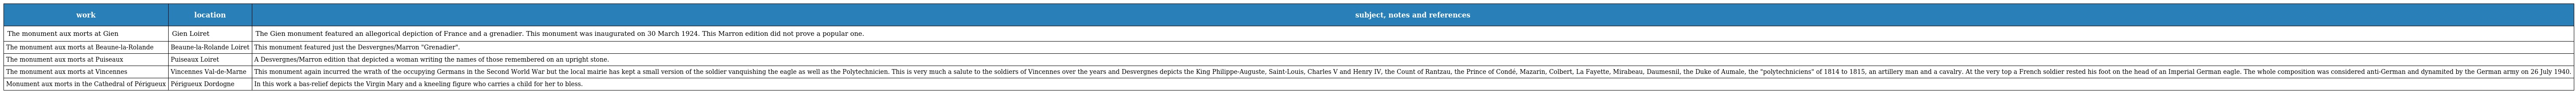
| work | location | subject, notes and references |
 | --- | --- | --- |
 | The monument aux morts at Gien | Gien Loiret | The Gien monument featured an allegorical depiction of France and a grenadier. This monument was inaugurated on 30 March 1924. This Marron edition did not prove a popular one. |
 | The monument aux morts at Beaune-la-Rolande | Beaune-la-Rolande Loiret | This monument featured just the Desvergnes/Marron "Grenadier". |
 | The monument aux morts at Puiseaux | Puiseaux Loiret | A Desvergnes/Marron edition that depicted a woman writing the names of those remembered on an upright stone. |
 | The monument aux morts at Vincennes | Vincennes Val-de-Marne | This monument again incurred the wrath of the occupying Germans in the Second World War but the local mairie has kept a small version of the soldier vanquishing the eagle as well as the Polytechnicien. This is very much a salute to the soldiers of Vincennes over the years and Desvergnes depicts the King Philippe-Auguste, Saint-Louis, Charles V and Henry IV, the Count of Rantzau, the Prince of Condé, Mazarin, Colbert, La Fayette, Mirabeau, Daumesnil, the Duke of Aumale, the "polytechniciens" of 1814 to 1815, an artillery man and a cavalry. At the very top a French soldier rested his foot on the head of an Imperial German eagle. The whole composition was considered anti-German and dynamited by the German army on 26 July 1940. |
 | Monument aux morts in the Cathedral of Périgueux | Périgueux Dordogne | In this work a bas-relief depicts the Virgin Mary and a kneeling figure who carries a child for her to bless. |